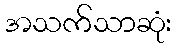
အသက်သာဆုံး